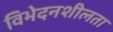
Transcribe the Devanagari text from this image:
विभेदनशीलता